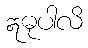
ဣဓုပါလိ